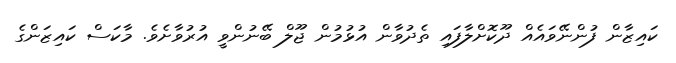
ކައިޒާން ފުންނޭވައެއް ދޫކޮށްލާފައި ތެދުވާން އުޅުމުން ޖޫލް ބޭނުންވީ އުރުވާށެވެ. މާކަސް ކައިޒަންގެ